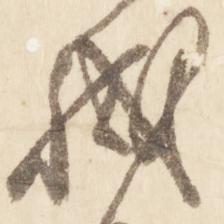
職